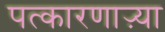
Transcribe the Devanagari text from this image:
पत्कारणाऱ्या